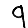
Digit: 9